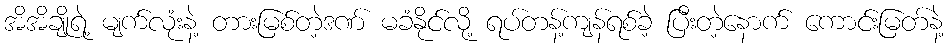
အိအိချိုရဲ့ မျက်လုံးနဲ့ တားမြစ်တဲ့ဒဏ် မခံနိုင်လို့ ရပ်တန့်ကျန်ရစ်ခဲ့ ပြီးတဲ့နောက် ကောင်းမြတ်နဲ့